Indian journal of veterinary science and animal husbandry - Volume 1,
Year: 1931
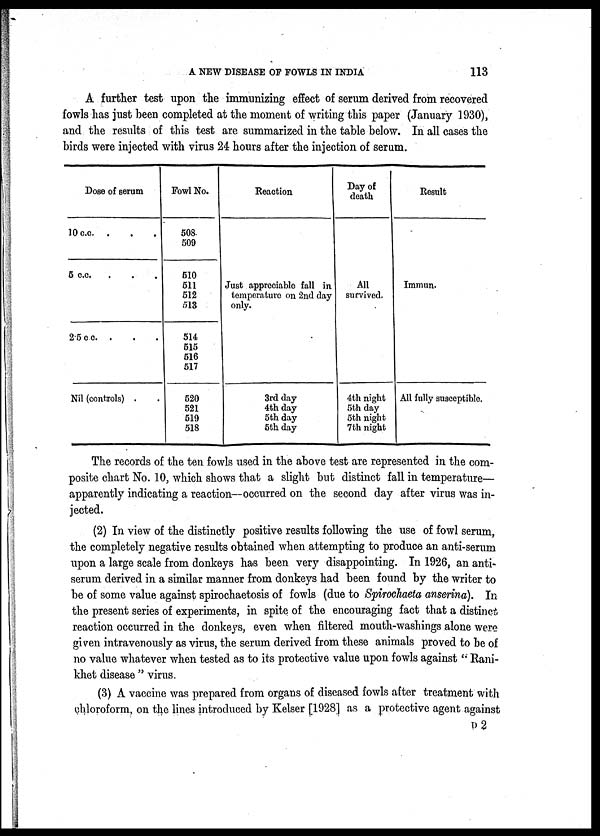
A NEW DISEASE OF FOWLS IN INDIA
113
A further test upon the immunizing effect of serum derived from recovered
fowls has just been completed at the moment of writing this paper (January 1930),
and the results of this test are summarized in the table below. In all cases the
birds were injected with virus 24 hours after the injection of serum.
Dose of serum
10 c.c. .
5 c.c.
2.5 c c. .
Nil (controls) .
Fowl No.
508
509
510
511
512
513
514
515
516
517
520
521
519
518
Reaction
Just appreciable fall in
temperature on 2nd day
only.
3rd day
4th day
5th day
5th day
Day of
death
All
survived,
4th night
5th day
5th night
7th night
Result
Immun.
All fully susceptible.
The records of the ten fowls used in the above test are represented in the com-
posite chart No. 10, which shows that a slight but distinct fall in temperature—
apparently indicating a reaction—occurred on the second day after virus was in-
jected.
(2) In view of the distinctly positive results following the use of fowl serum,
the completely negative results obtained when attempting to produce an anti-serum
upon a large scale from donkeys has been very disappointing. In 1926, an anti¬
serum derived in a similar manner from donkeys had been found by the writer to
be of some value against spirochaetosis of fowls (due to Spiroehaeta anserina). In
the present series of experiments, in spite of the encouraging fact that a distinct
reaction occurred in the donkeys, even when filtered mouth-washings alone were
given intravenously as virus, the serum derived from these animals proved to be of
no value whatever when tested as to its protective value upon fowls against " Rani¬
khet disease " virus.
(3) A vaccine was prepared from organs of diseased fowls after treatment with
chloroform, on the lines introduced by Kelser [1928] as a protective agent against
D 2